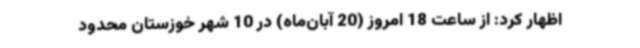
اظهار کرد: از ساعت 18 امروز (20 آبان‌ماه) در 10 شهر خوزستان محدود